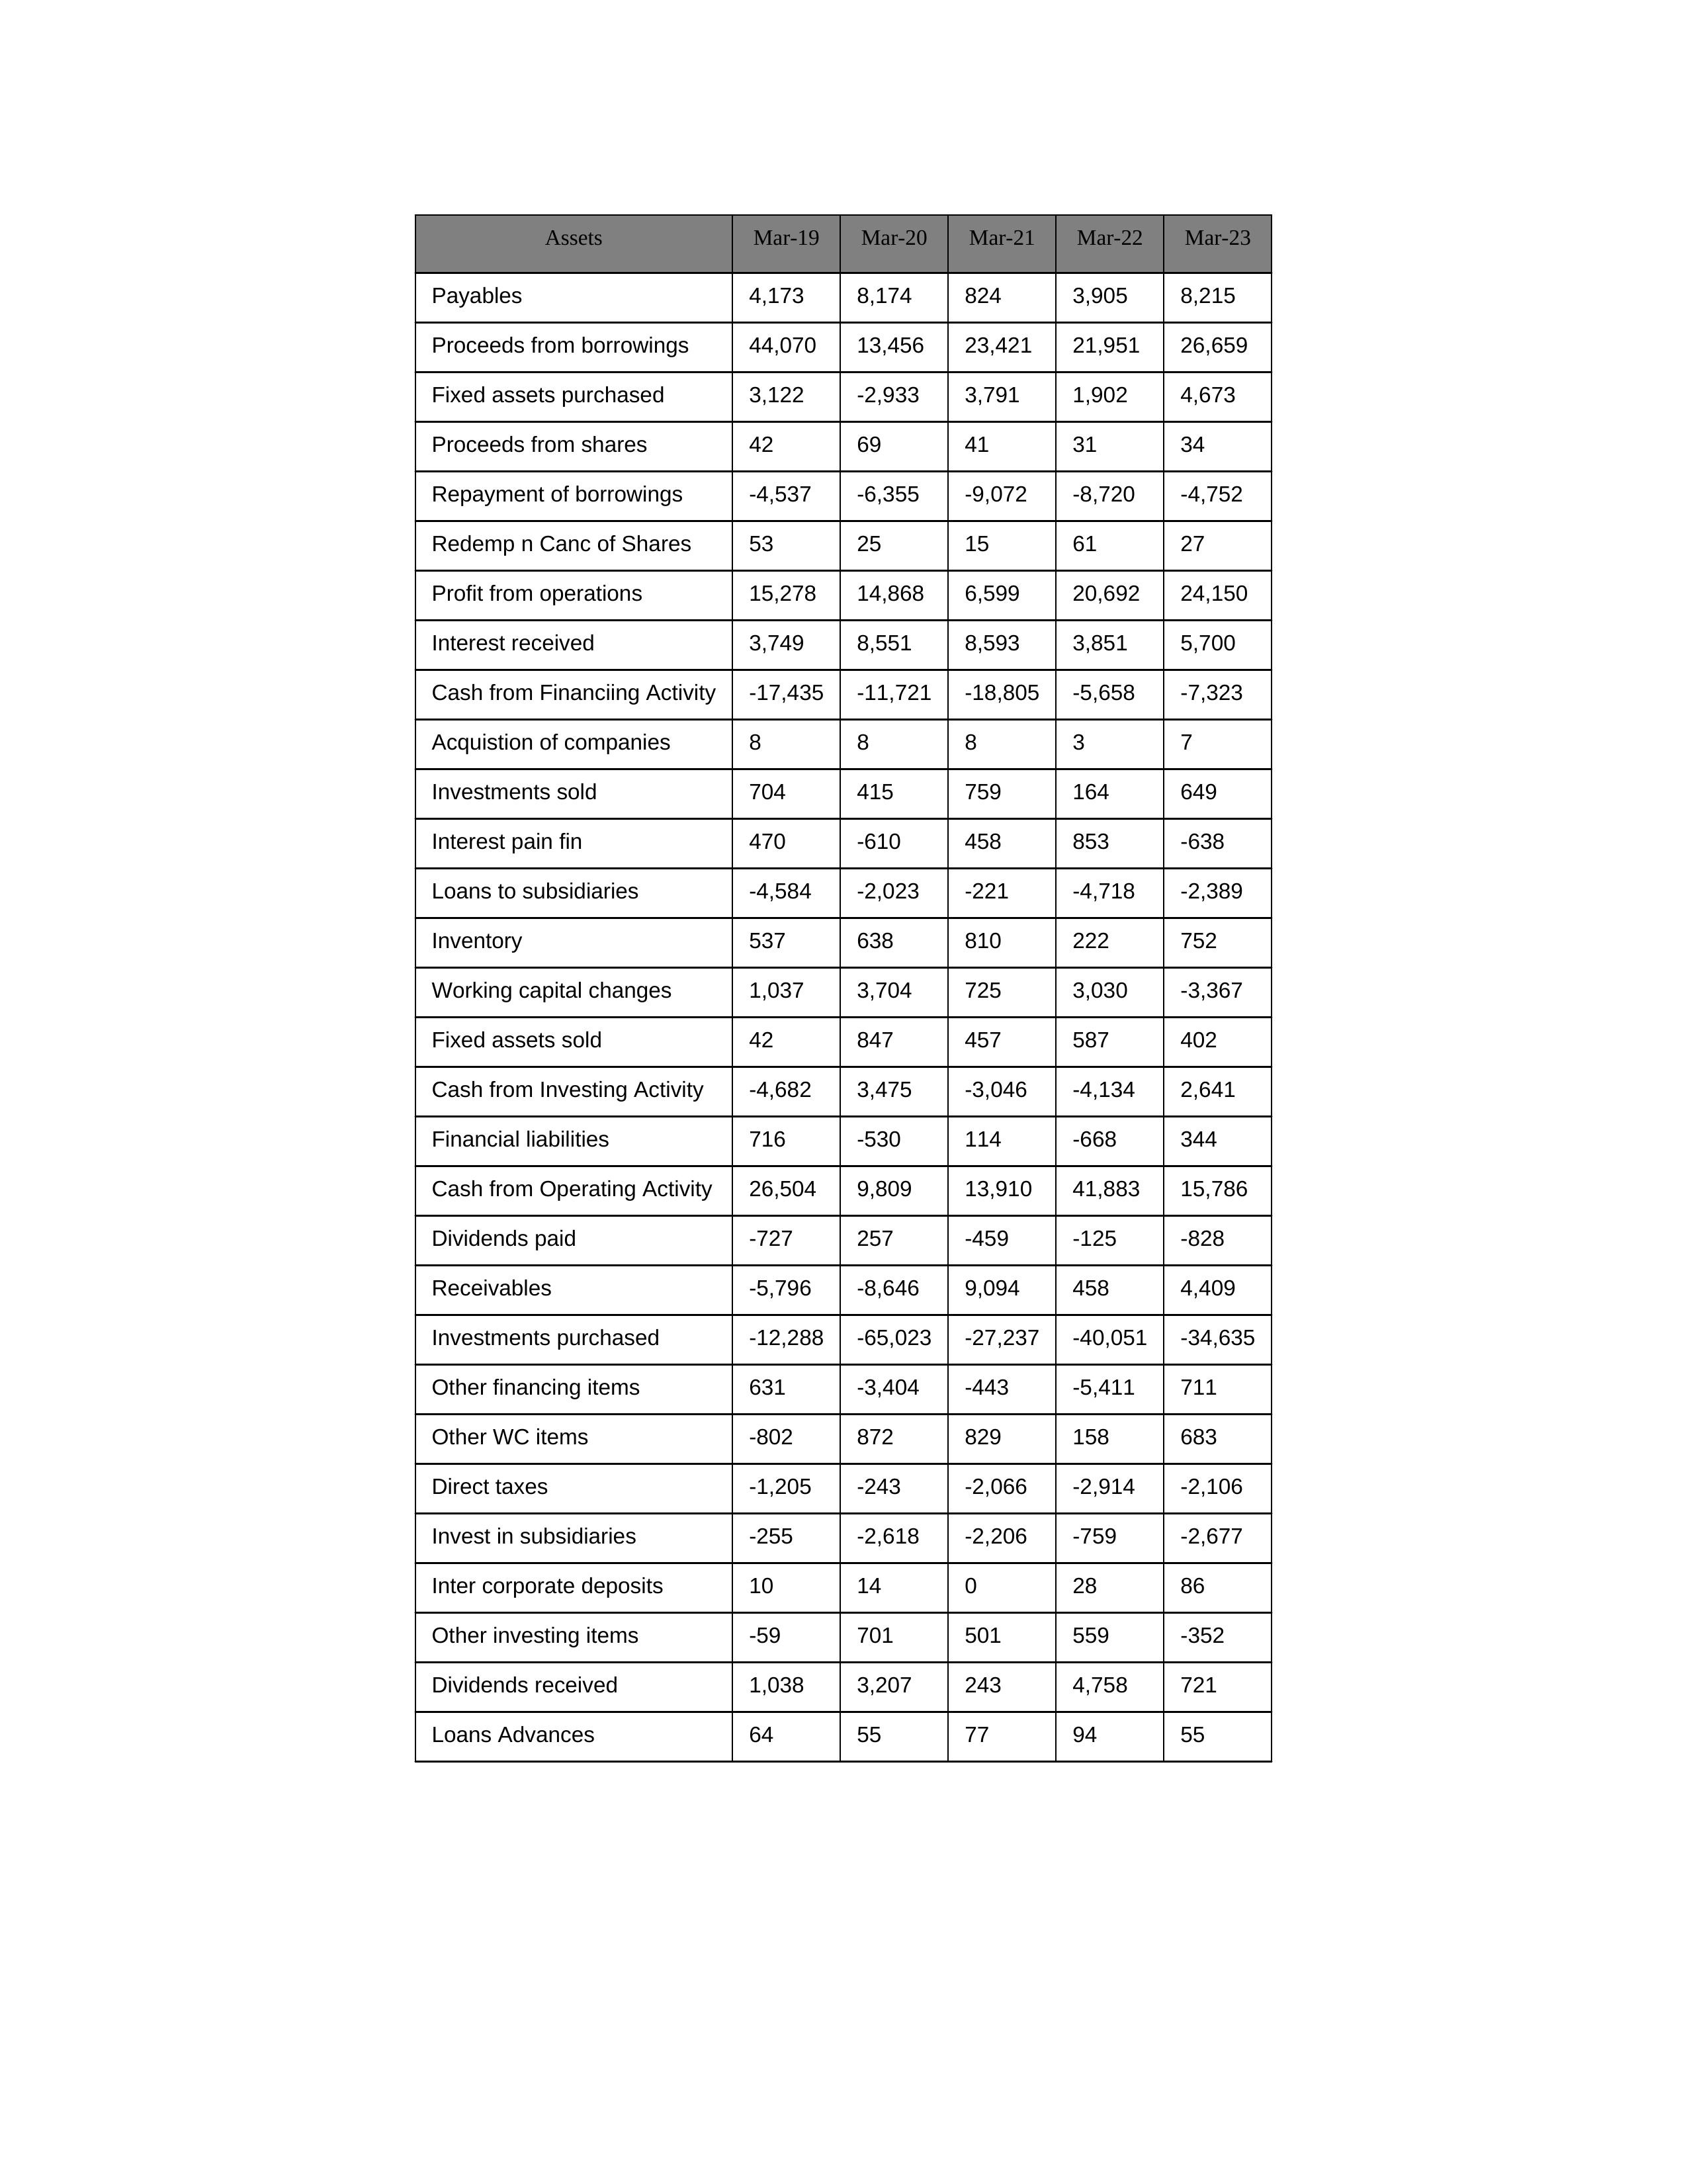
gt_parse: Mar-19: Cash from Operating Activity: 26,504
Profit from operations: 15,278
Receivables: -5,796
Inventory: 537
Payables: 4,173
Loans Advances: 64
Other WC items: -802
Working capital changes: 1,037
Direct taxes: -1,205
Cash from Investing Activity: -4,682
Fixed assets purchased: 3,122
Fixed assets sold: 42
Investments purchased: -12,288
Investments sold: 704
Interest received: 3,749
Dividends received: 1,038
Invest in subsidiaries: -255
Loans to subsidiaries: -4,584
Redemp n Canc of Shares: 53
Acquistion of companies: 8
Inter corporate deposits: 10
Other investing items: -59
Cash from Financiing Activity: -17,435
Proceeds from shares: 42
Proceeds from borrowings: 44,070
Repayment of borrowings: -4,537
Interest pain fin: 470
Dividends paid: -727
Financial liabilities: 716
Other financing items: 631
Mar-20: Cash from Operating Activity: 9,809
Profit from operations: 14,868
Receivables: -8,646
Inventory: 638
Payables: 8,174
Loans Advances: 55
Other WC items: 872
Working capital changes: 3,704
Direct taxes: -243
Cash from Investing Activity: 3,475
Fixed assets purchased: -2,933
Fixed assets sold: 847
Investments purchased: -65,023
Investments sold: 415
Interest received: 8,551
Dividends received: 3,207
Invest in subsidiaries: -2,618
Loans to subsidiaries: -2,023
Redemp n Canc of Shares: 25
Acquistion of companies: 8
Inter corporate deposits: 14
Other investing items: 701
Cash from Financiing Activity: -11,721
Proceeds from shares: 69
Proceeds from borrowings: 13,456
Repayment of borrowings: -6,355
Interest pain fin: -610
Dividends paid: 257
Financial liabilities: -530
Other financing items: -3,404
Mar-21: Cash from Operating Activity: 13,910
Profit from operations: 6,599
Receivables: 9,094
Inventory: 810
Payables: 824
Loans Advances: 77
Other WC items: 829
Working capital changes: 725
Direct taxes: -2,066
Cash from Investing Activity: -3,046
Fixed assets purchased: 3,791
Fixed assets sold: 457
Investments purchased: -27,237
Investments sold: 759
Interest received: 8,593
Dividends received: 243
Invest in subsidiaries: -2,206
Loans to subsidiaries: -221
Redemp n Canc of Shares: 15
Acquistion of companies: 8
Inter corporate deposits: 0
Other investing items: 501
Cash from Financiing Activity: -18,805
Proceeds from shares: 41
Proceeds from borrowings: 23,421
Repayment of borrowings: -9,072
Interest pain fin: 458
Dividends paid: -459
Financial liabilities: 114
Other financing items: -443
Mar-22: Cash from Operating Activity: 41,883
Profit from operations: 20,692
Receivables: 458
Inventory: 222
Payables: 3,905
Loans Advances: 94
Other WC items: 158
Working capital changes: 3,030
Direct taxes: -2,914
Cash from Investing Activity: -4,134
Fixed assets purchased: 1,902
Fixed assets sold: 587
Investments purchased: -40,051
Investments sold: 164
Interest received: 3,851
Dividends received: 4,758
Invest in subsidiaries: -759
Loans to subsidiaries: -4,718
Redemp n Canc of Shares: 61
Acquistion of companies: 3
Inter corporate deposits: 28
Other investing items: 559
Cash from Financiing Activity: -5,658
Proceeds from shares: 31
Proceeds from borrowings: 21,951
Repayment of borrowings: -8,720
Interest pain fin: 853
Dividends paid: -125
Financial liabilities: -668
Other financing items: -5,411
Mar-23: Cash from Operating Activity: 15,786
Profit from operations: 24,150
Receivables: 4,409
Inventory: 752
Payables: 8,215
Loans Advances: 55
Other WC items: 683
Working capital changes: -3,367
Direct taxes: -2,106
Cash from Investing Activity: 2,641
Fixed assets purchased: 4,673
Fixed assets sold: 402
Investments purchased: -34,635
Investments sold: 649
Interest received: 5,700
Dividends received: 721
Invest in subsidiaries: -2,677
Loans to subsidiaries: -2,389
Redemp n Canc of Shares: 27
Acquistion of companies: 7
Inter corporate deposits: 86
Other investing items: -352
Cash from Financiing Activity: -7,323
Proceeds from shares: 34
Proceeds from borrowings: 26,659
Repayment of borrowings: -4,752
Interest pain fin: -638
Dividends paid: -828
Financial liabilities: 344
Other financing items: 711